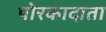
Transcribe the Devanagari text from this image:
पोरकादाता